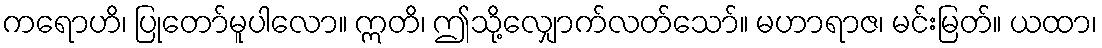
ကရောဟိ၊ ပြုတော်မူပါလော။ ဣတိ၊ ဤသို့လျှောက်လတ်သော်။ မဟာရာဇ၊ မင်းမြတ်။ ယထာ၊